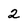
Character: 2